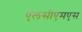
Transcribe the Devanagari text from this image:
एलसीएमएस